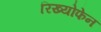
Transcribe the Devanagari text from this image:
रिख्योफेन